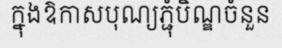
ក្នុងឱកាសបុណ្យភ្ជុំបិណ្ឌចំនួន